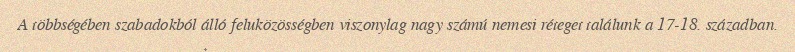
A többségében szabadokból álló feluközösségben viszonylag nagy számú nemesi réteget találunk a 17-18. században.